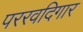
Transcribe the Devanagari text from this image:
पररवदिगार